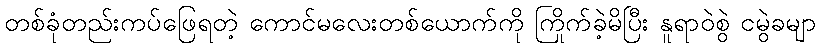
တစ်ခုံတည်းကပ်ဖြေရတဲ့ ကောင်မလေးတစ်ယောက်ကို ကြိုက်ခဲ့မိပြီး နူရာဝဲစွဲ ငမွဲခမျာ